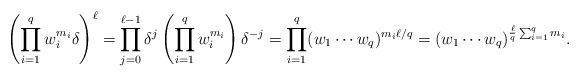
\begin{align*}\left(\prod_{i=1}^{q} w_{i}^{m_{i}} \delta\right)^{\ell}=\prod_{j=0}^{\ell-1} \delta^{j} \left( \prod_{i=1}^{q} w_{i}^{m_{i}}\right) \delta^{-j}= \prod_{i=1}^{q} (w_{1}\cdots w_{q})^{m_{i}\ell/q}= (w_{1}\cdots w_{q})^{\frac{\ell}{q}\sum_{i=1}^{q} m_{i}}.\end{align*}